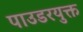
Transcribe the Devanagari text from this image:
पाउडरयुक्त